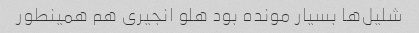
شلیل‌ها بسیار مونده بود هلو انجیری هم همینطور